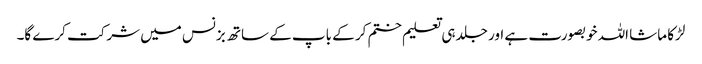
لڑکا ماشا اللہ خوبصورت ہے اور جلد ہی تعلیم ختم کر کے باپ کے ساتھ بزنس میں شرکت کرے گا۔